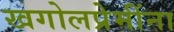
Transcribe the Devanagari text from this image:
खगोलप्रेमींना